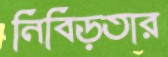
নিবিড়তার